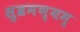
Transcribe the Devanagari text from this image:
सुब्रमण्यम्